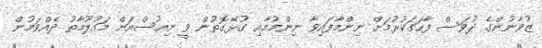
ޒުވާނުންގެ ދުވަސް ފާހަގަކުރުމަށް ނިންމާފައިވާ ނިންމުމާއި ގުޅޭގޮތުން ވީ ނިއުސްއަށް މައުލޫމާތު ދެއްވަމުން